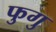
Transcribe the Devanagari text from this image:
फुगु